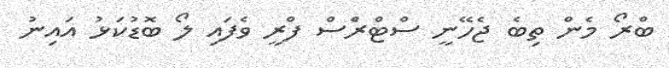
ބްރޯ މެން ތިބެ ޖެހޭނީ ސްޓްރެްސް ފްރީ ވެފައި ލޯ ބޮޑުކަޅު އައިނު